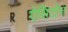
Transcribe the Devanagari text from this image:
ऐसिटोन